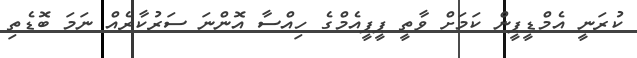
ކުރަނީ އެމްޑީޕީން ކަމަށް ވާތީ ޕީޕީއެމްގެ ހިއްސާ އޮންނަ ސަރުކާރެއް ނަމަ ބޮޑެތި